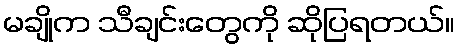
မချိုက သီချင်းတွေကို ဆိုပြရတယ်။